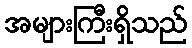
အများကြီးရှိသည်